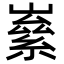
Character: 𡼊